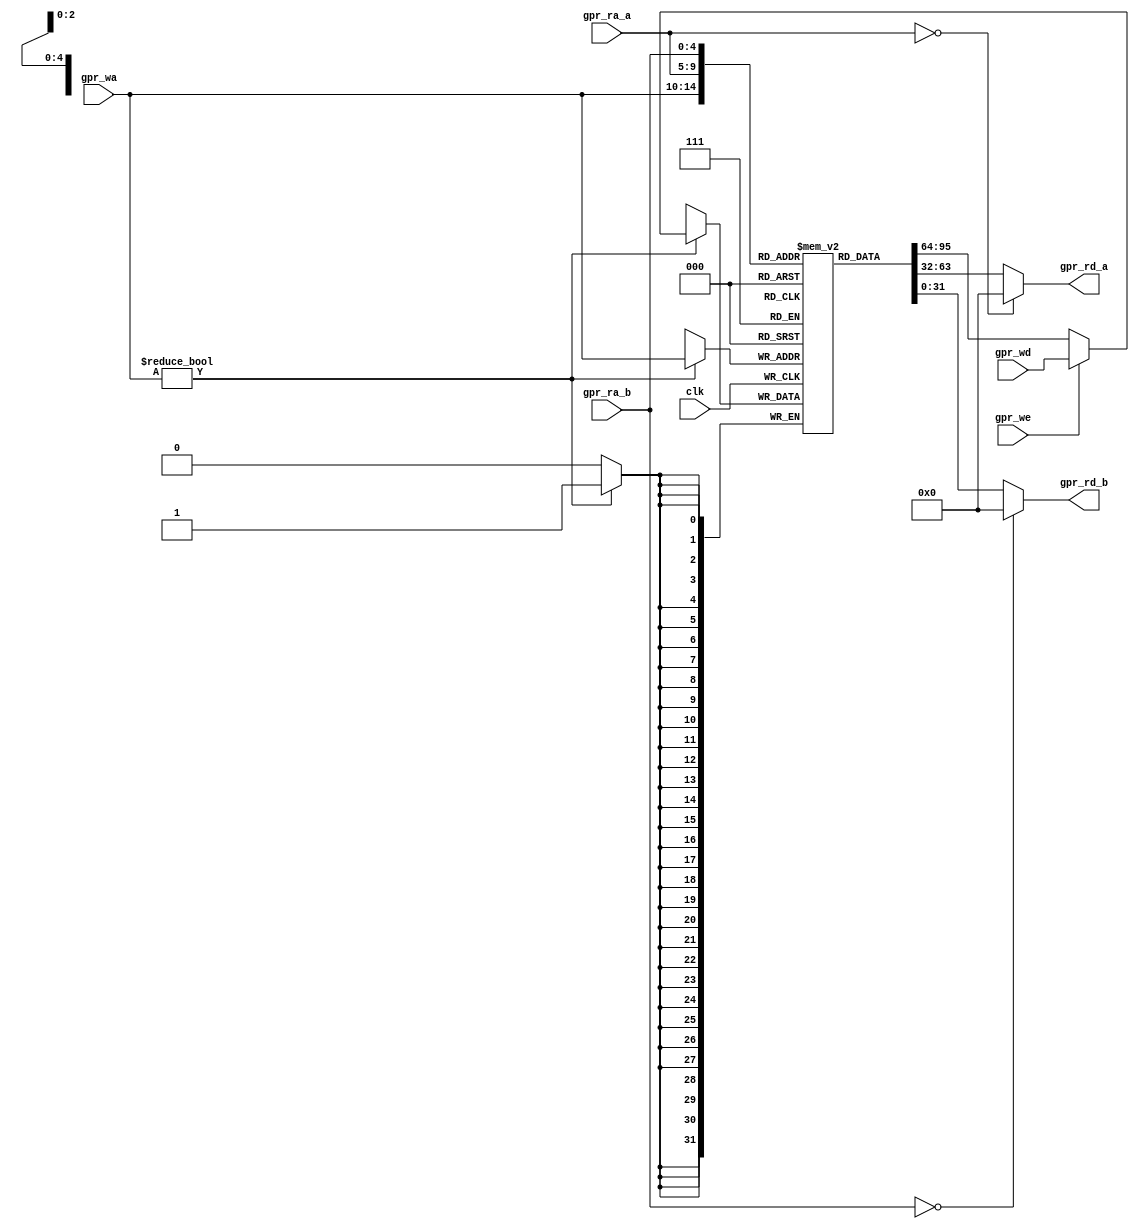
module antares_reg_file (
                         input         clk,
                         input [4:0]   gpr_ra_a,
                         input [4:0]   gpr_ra_b,
                         input [4:0]   gpr_wa,
                         input [31:0]  gpr_wd,
                         input         gpr_we,
                         output [31:0] gpr_rd_a,
                         output [31:0] gpr_rd_b
                         );
    reg [31:0]    registers [1:31];
    always @ ( posedge clk ) begin
        if(gpr_wa != 5'b0)
          registers[gpr_wa] <= (gpr_we) ? gpr_wd :  registers[gpr_wa];
    end
    assign gpr_rd_a = (gpr_ra_a == 5'b0) ? 32'b0 : registers[gpr_ra_a];
    assign gpr_rd_b = (gpr_ra_b == 5'b0) ? 32'b0 : registers[gpr_ra_b];
endmodule